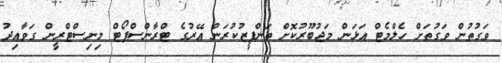
ވަގުތުން ވަގުތަށް ހެލްމެޓް އަޅަން މަޖުބޫރުކޮށް ތަންފީޒުކުރަން އޭރުގެ ޓްރާންސްޕޯޓް މިނިސްޓްރީން ގަވާއިދު